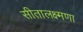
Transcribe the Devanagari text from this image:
सीतालक्ष्मणा